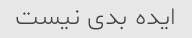
ایده بدی نیست